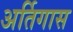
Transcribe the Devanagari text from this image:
अर्तिगास